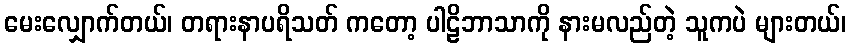
မေးလျှောက်တယ်၊ တရားနာပရိသတ် ကတော့ ပါဠိဘာသာကို နားမလည်တဲ့ သူကပဲ များတယ်၊